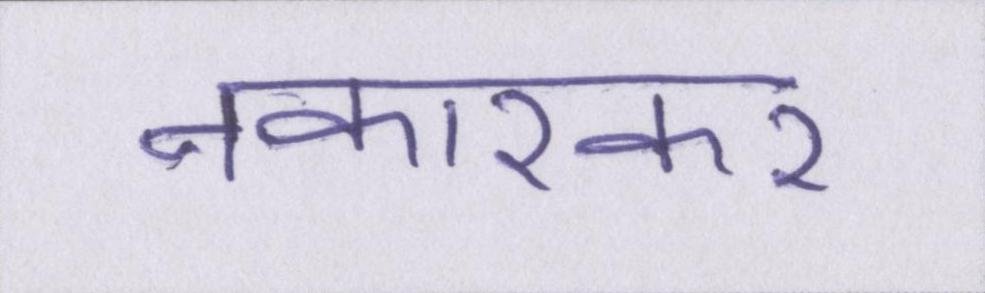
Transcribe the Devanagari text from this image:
नकारकर